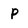
Character: p